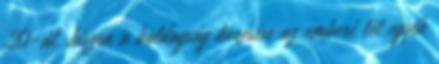
20-át, hiszen a boldogság keresése az emberi lét egyik